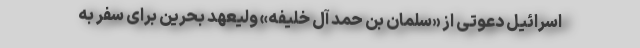
اسرائیل دعوتی از «سلمان بن حمد آل خلیفه» ولیعهد بحرین برای سفر به